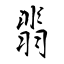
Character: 翡